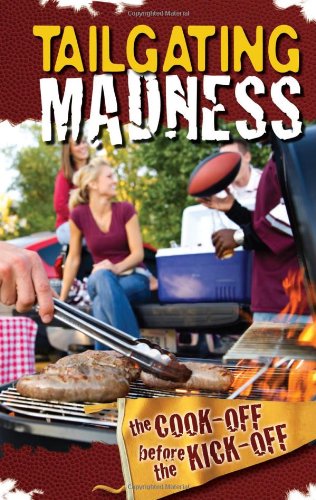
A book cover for Tailgating Madness... The Cook-Off Before the Kick-Off (Traveling Books); G&R Publishing; Cookbooks, Food & Wine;